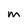
Character: m